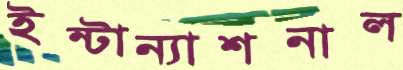
ইন্টান্যাশনাল